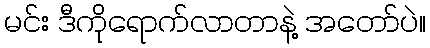
မင်း ဒီကိုရောက်လာတာနဲ့ အတော်ပဲ။